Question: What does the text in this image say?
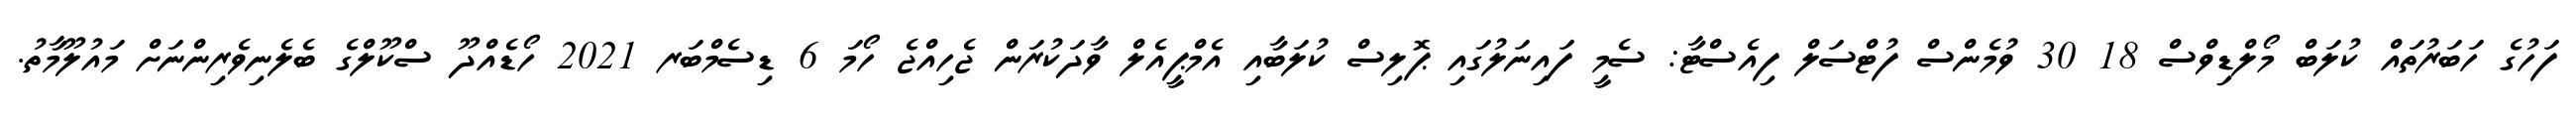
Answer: ފަހުގެ ހަބަރުތައް ކުލަބް މޯލްޑިވްސް 18 30 ވުމެންސް ފުޓްސަލް ފިއެސްޓާ: ސެމީ ފައިނަލުގައި ޕޮލިސް ކުލަބާއި އެމްޕީއެލް ވާދަކުރަން ޖެހިއްޖެ ހޯމަ 6 ޑިސެމްބަރ 2021 ހޯޑެއްދޫ ސްކޫލްގެ ބެލެނިވެރިންނަށް މައުލޫމާތު.